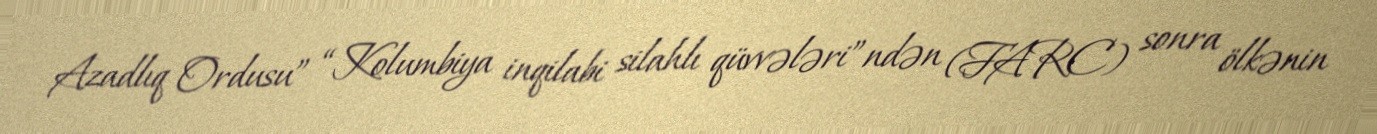
Azadlıq Ordusu” “Kolumbiya inqilabi silahlı qüvvələri”ndən (FARC) sonra ölkənin